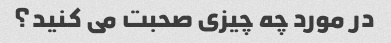
در مورد چه چیزی صحبت می کنید؟